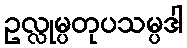
ဥလ္လုမ္ပတုပသမ္ပဒါ